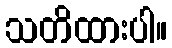
သတိထားပါ။